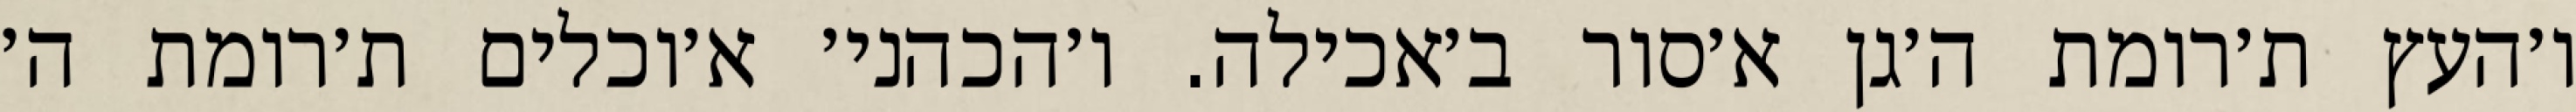
ו׳העץ ת׳רומת ה׳גן א׳סור ב׳אכילה. ו׳הכהני׳ א׳וכלים ת׳רומת ה׳